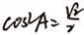
\cos ^ { 2 } A = \frac { \sqrt { 2 } } { 2 }